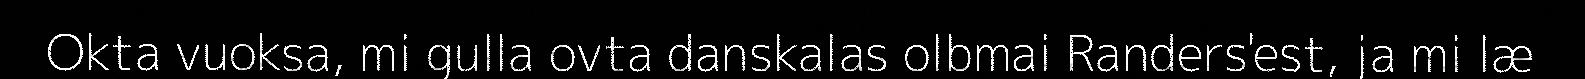
Okta vuoksa, mi gulla ovta danskalas olbmai Randers'est, ja mi læ